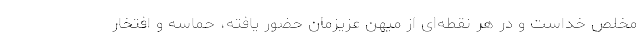
مخلص خداست و در هر نقطه‌ای از میهن عزیزمان حضور یافته، حماسه و افتخار